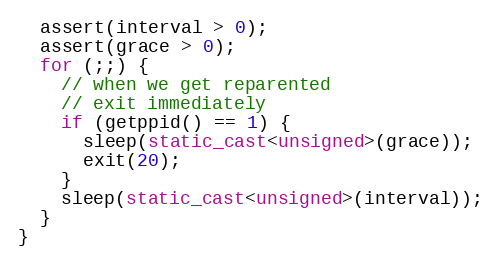
Language: C++
  assert(interval > 0);
  assert(grace > 0);
  for (;;) {
    // when we get reparented
    // exit immediately
    if (getppid() == 1) {
      sleep(static_cast<unsigned>(grace));
      exit(20);
    }
    sleep(static_cast<unsigned>(interval));
  }
}